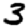
Digit: 3